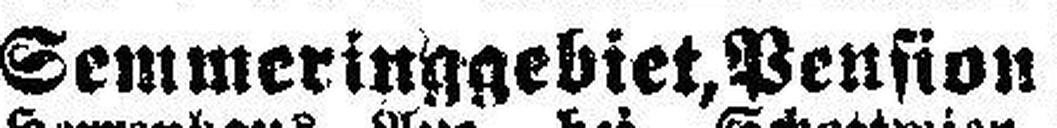
Semmeringgebiet, Pension